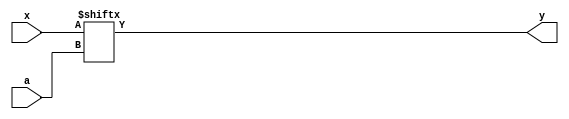
`timescale 1ns / 1ps

module mysterious (
        input [7:0] x,
        input [2:0] a,
        output y
    );

    assign y = x[a];

endmodule //mysterious